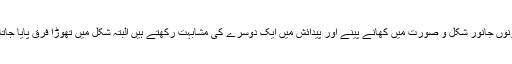
یہ دونوں جانور شکل و صورت میں کھانے پینے اور پیدائش میں ایک دوسرے کی مشابہت رکھتے ہیں البتہ شکل میں تھوڑا فرق پایا جاتا ہے۔